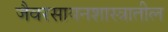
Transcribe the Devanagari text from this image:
जैवरसायनशास्त्रातील